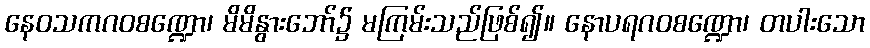
နေဝသကဂဝစဏ္ဍော၊ မိမိနွားဘော်၌ မကြမ်းသည်ဖြစ်၍။ နောပရဂဝစဏ္ဍော၊ တပါးသော